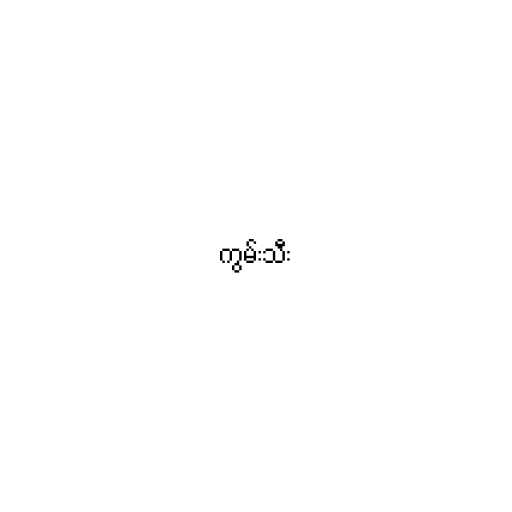
ကွမ်းသီး